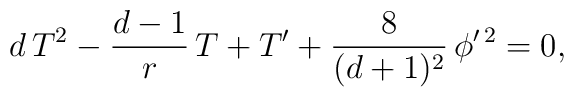
d\, T^{2}- {d-1 \over  r}\,T + T^{\prime}+ {8 \over  (d+1)^{2}} \,\phi^{\prime\, 2}=0  ,